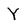
Character: Y